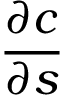
\frac { \partial c } { \partial s }